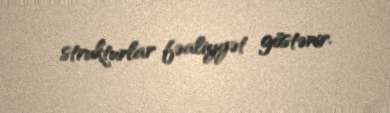
strukturlar fəaliyyət göstərir.